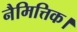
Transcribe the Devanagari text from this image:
नैमित्तिक।